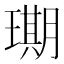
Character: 𮴲